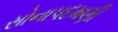
સોનાપદમણી